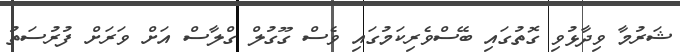
ޝަރުމާ ވިދާޅުވި ގޮތުގައި ބޭސްވެރިކަމުގައި ވެސް ގޫގުލް ގްލާސް އަށް ވަރަށް ފުރުސަތު